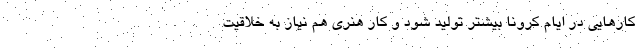
کارهایی در ایام کرونا بیشتر تولید شود و کار هنری هم نیاز به خلاقیت